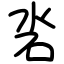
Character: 沯